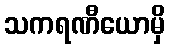
သကရဏီယောမှိ